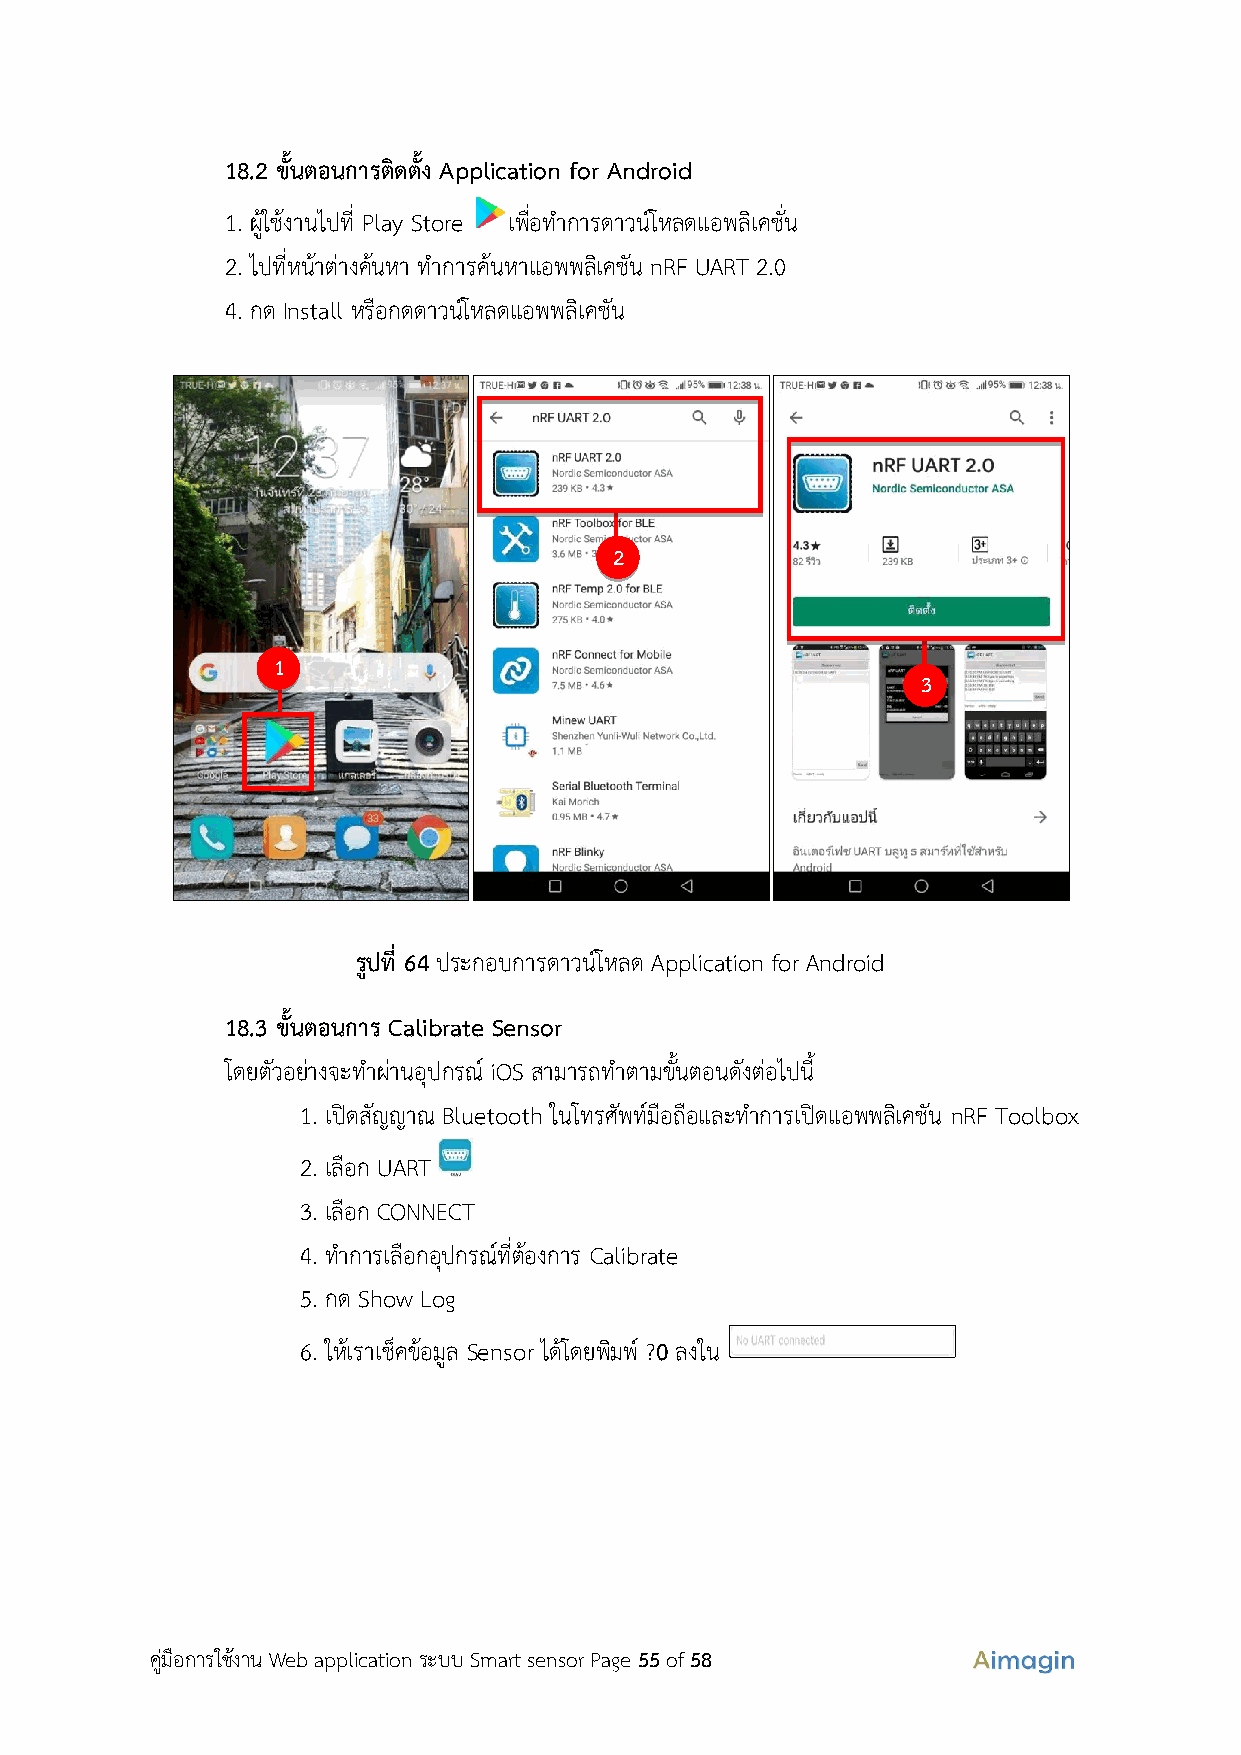
18.2 ขั้นตอนการติดตั้ง Application for Android
 1. ผู้ใช้งานไปที่ Play Store เพื่อทำการดาวน์โหลดแอพลิเคชั่น
 2. ไปที่หน้าต่างค้นหา ทำการค้นหาแอพพลิเคชัน nRF UART 2.0
 4. กด Install หรือกดดาวน์โหลดแอพพลิเคชัน
 2
 1
 3
 รูปที่ 64 ประกอบการดาวน์โหลด Application for Android
 18.3 ขั้นตอนการ Calibrate Sensor
 โดยตัวอย่างจะทำผ่านอุปกรณ์ iOS สามารถทำตามขั้นตอนดังต่อไปนี้
 1. เปิดสัญญาณ Bluetooth ในโทรศัพท์มือถือและทำการเปิดแอพพลิเคชัน nRF Toolbox
 2. เลือก UART
 3. เลือก CONNECT
 4. ทำการเลือกอุปกรณ์ที่ต้องการ Calibrate
 5. กด Show Log
 6. ให้เราเช็คข้อมูล Sensor ได้โดยพิมพ ์ ?0 ลงใน
 คู่มือการใช้งาน Web application ระบบ Smart sensor Page 55 of 58